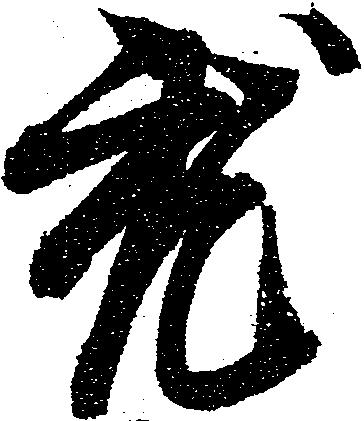
就